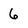
Character: 6